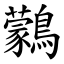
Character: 鸏